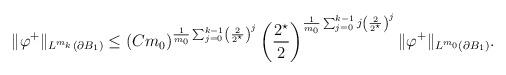
LaTeX: \begin{align*}\|\varphi^{+}\|_{L^{m_{k}}(\partial B_1)} &\leq(C m_0)^{\frac{1}{m_{0}} \sum_{j = 0}^{k-1} \left(\frac{2}{2^{\star}}\right)^{j} } \left(\frac{2^{\star}}{2}\right)^{\frac{1}{m_{0}} \sum_{j = 0}^{k-1} j\left(\frac{2}{2^{\star}}\right)^{j} } \|\varphi^{+}\|_{L^{m_{0}}(\partial B_1)}.\end{align*}